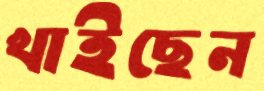
খাইছেন